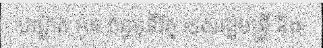
បណ្ឌិត អូន ព័ន្ធមុនីរ័ត្ន ទេសរដ្ឋមន្ត្រី និង